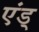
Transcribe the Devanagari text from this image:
एंड्